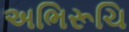
અભિરૂચિ